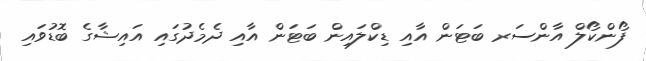
ފޯންކޯލް އާންސަރ ބަޓަން އާއި ޑިކްލައިން ބަޓަން އާއި ދެމެދުގައި އައިޝާގެ ބޮޑުވައި